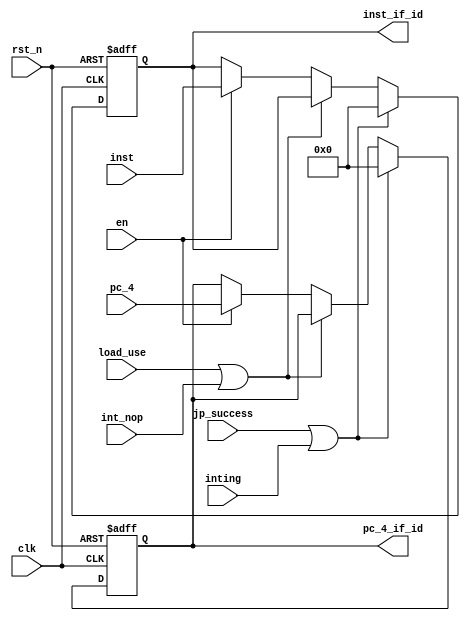
module Pipline_IF_ID(
	input clk,
	input rst_n,
	input en,
	input jp_success,
   input load_use,
   input int_nop,
   input inting,
	input [31:0] pc_4,
	input [31:0] inst,
	output reg [31:0] pc_4_if_id,
	output reg [31:0] inst_if_id
	);

   initial begin
   	pc_4_if_id <= 0;
   	inst_if_id <= 0;
   end

   always @(posedge clk or negedge rst_n) begin
   	if (!rst_n) begin
   		pc_4_if_id <= 0;
   	    inst_if_id <= 0;   		
   	end
      else if (jp_success || inting)begin
         pc_4_if_id <= 0;
          inst_if_id <= 0;    
      end
      else if(load_use || int_nop) begin
         pc_4_if_id <= pc_4_if_id;
          inst_if_id <= inst_if_id;
      end
   	else if (en) begin
   		pc_4_if_id <= pc_4;
   		inst_if_id <= inst;
   	end
   	else begin
   		pc_4_if_id <= pc_4_if_id;
   	    inst_if_id <= inst_if_id;
   	end
   end
endmodule